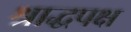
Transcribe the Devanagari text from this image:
श्राद्धपक्ष